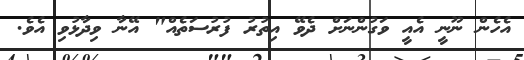
އެހެން ނޫނީ އެއީ ވަގުންނަށް ދެވޭ އިތުރު ފުރުސަތެއް" އޭނާ ވިދާޅުވި އެވެ.